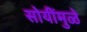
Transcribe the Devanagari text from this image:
सोयींमुळे